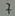
Text: 7